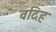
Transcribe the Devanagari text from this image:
वदिह